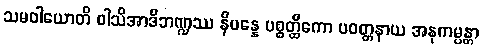
သမဝါယောတိ ဝါသိအာဒိဘဏ္ဍဿ နိပန္နေ ပစ္စတ္ထိကော ပဝတ္တနာယ အနုကမ္ပန္တာ